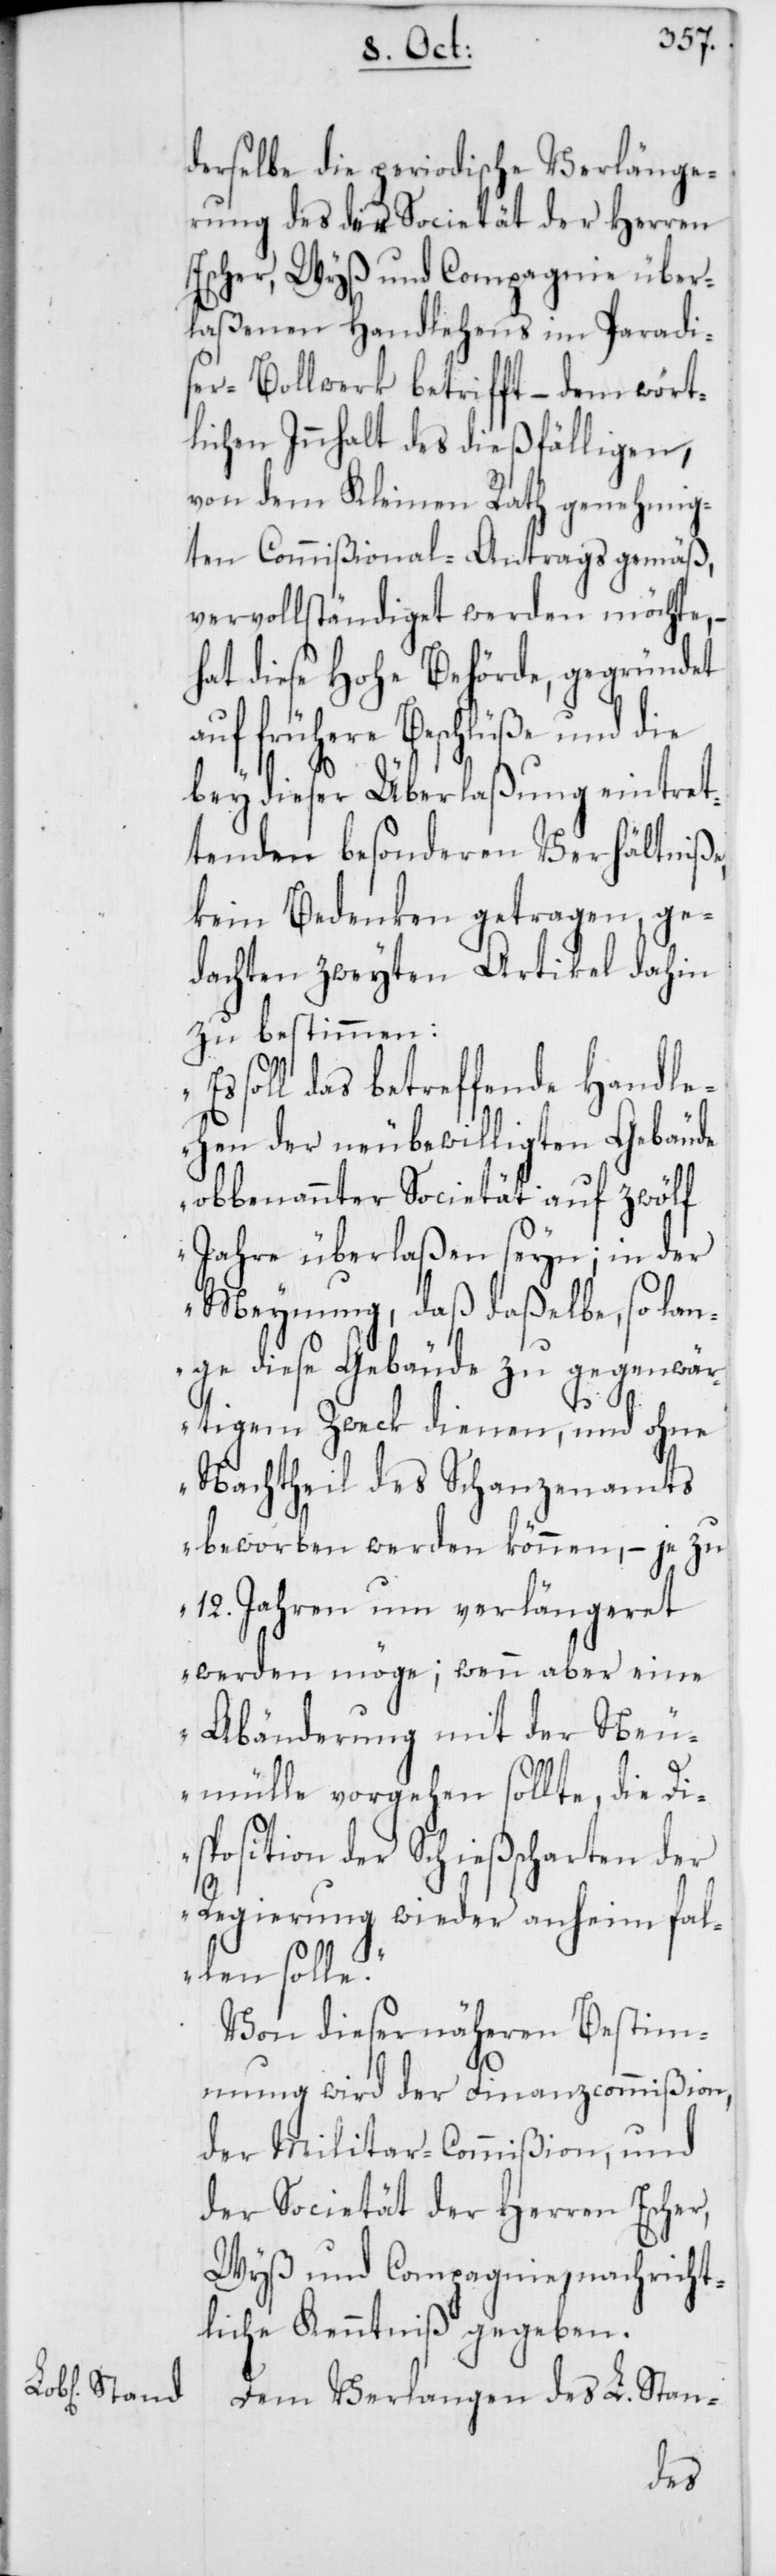
derselbe die periodische Verlänge¬
rung des der Societät der Herren
Escher, Wyß und Compagnie über¬
laßenen Handlehens im Paradie¬
ser-Bollwerk betrifft, – dem wört¬
lichen Innhalt des dießfälligen,
von dem Kleinen Rath genehmig¬
ten Commißional-Antrags gemäß,
vervollständiget werden möchte, –
hat diese Hohe Behörde, gegründet
auf frühere Beschlüße und die
bey dieser Überlaßung eintret¬
tenden besonderen Verhältniße,
kein Bedenken getragen, ge¬
dachten zweyten Artikel dahin
zu bestimmen:
soll das betreffende Handle¬
hen der neubewilligten Gebäude
obbenannter Societät auf zwölf
Jahre überlaßen seyn; in der
Meynung, daß daßelbe, so lan¬
ge diese Gebäude zu gegenwär¬
tigem Zweck dienen, und ohne
Nachtheil des Schanzenamts
beworben werden können, – je zu
12. Jahren um verlängeret
werden möge; wenn aber eine
Abänderung mit der Neu¬
mülle vorgehen sollte, die Di¬
sposition der Schießscharten der
Regierung wieder anheim fal¬
len solle.“
Von dieser näheren Bestim¬
mung wird der Finanzcommißion,
der Militar-Commißion, und
der Societät der Herren Escher,
Wyß und Compagnie, nachricht¬
liche Kenntniß gegeben.
Dem Verlangen des L. Stan-